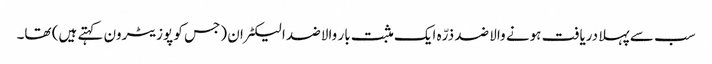
سب سے پہلا دریافت ہونے والا ضد ذرّہ ایک مثبت بار والا ضد الیکٹران (جس کو پوزیٹرون کہتے ہیں) تھا۔